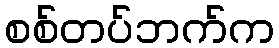
စစ်တပ်ဘက်က